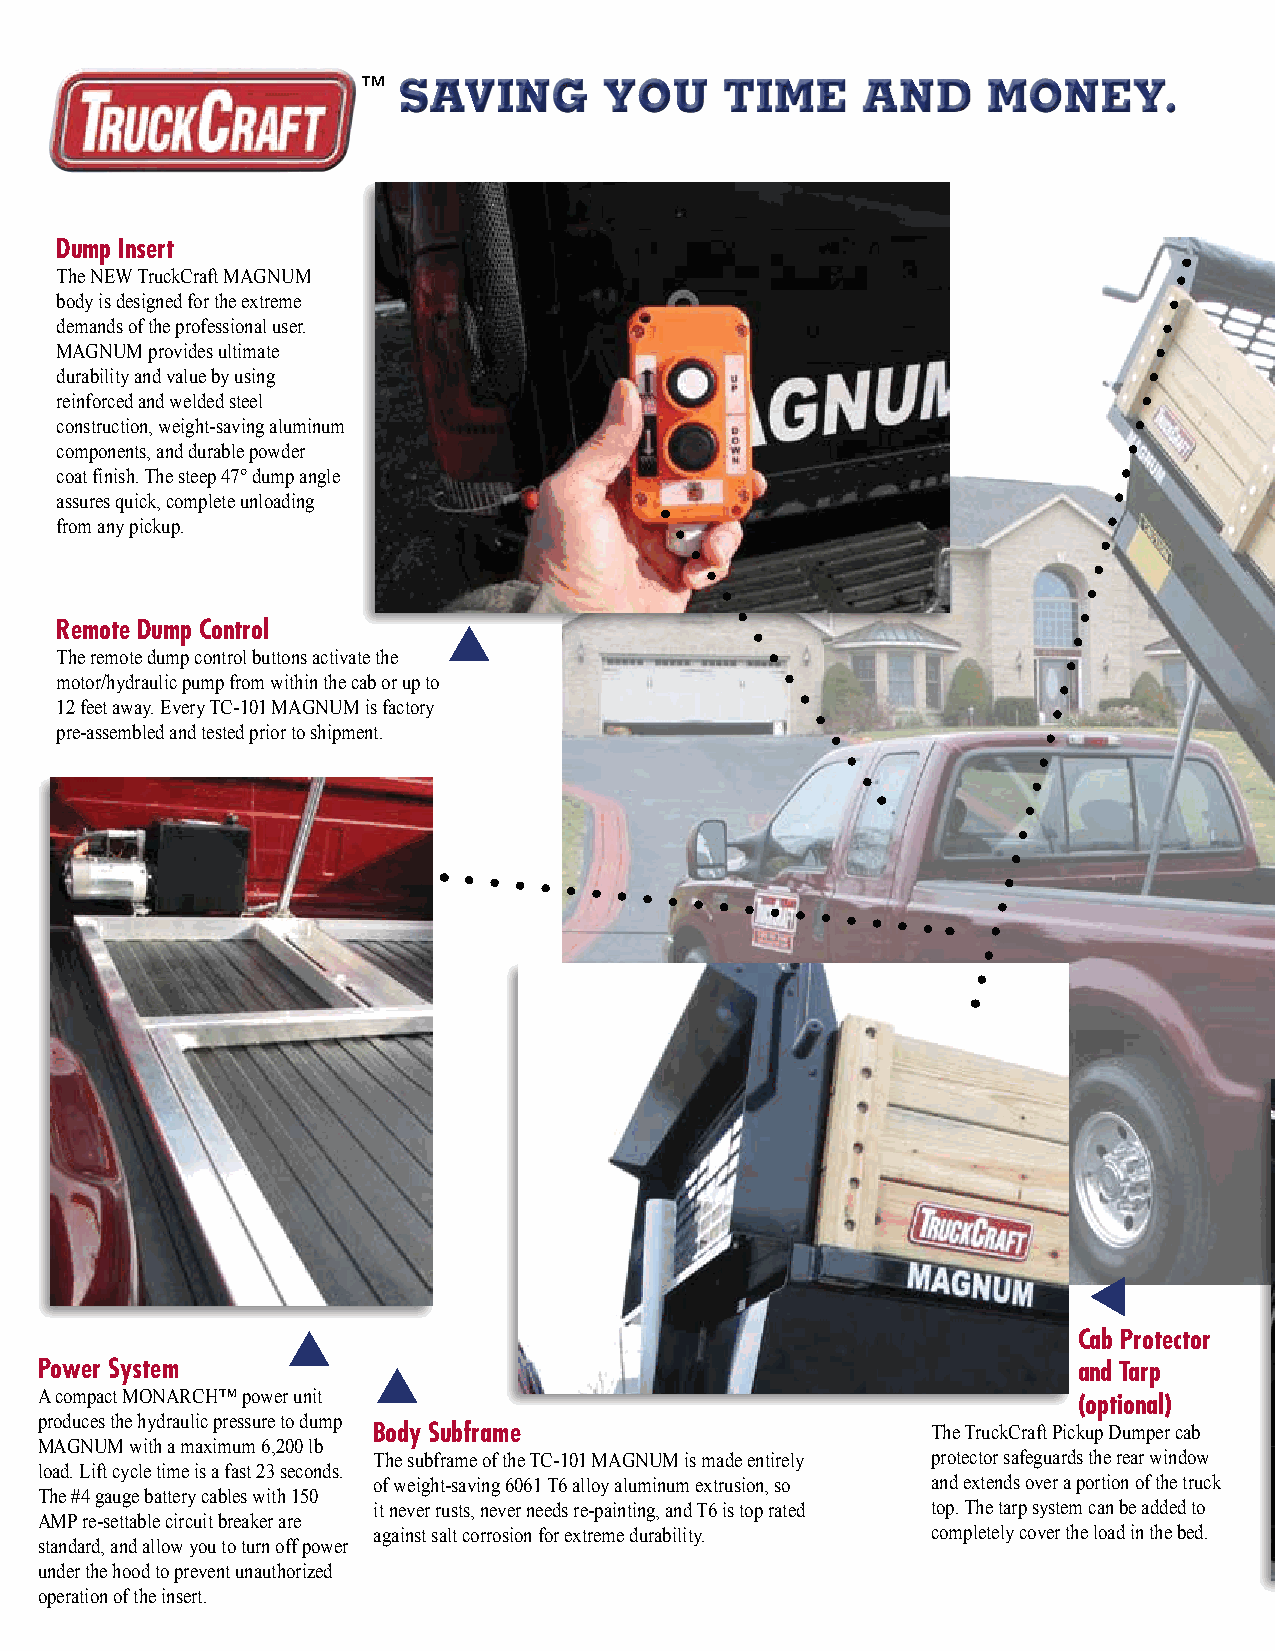
™ SAVING        YOU     TIME     AND     MONEY.                                                           Stake Pockets and Tie-Down Rail
 Ten stake pockets (four per side, two at front) for two-by-fours
 plus an external tie-down rail are standard and make increasing
 the cubic volume of MAGNUM easy. Add our five-quarter
 pressure treated sideboards as an option, or make your own.
 Dump Insert
 The NEW TruckCraft MAGNUM
 body is designed for the extreme
 demands of the professional user.
 MAGNUM provides ultimate
 durability and value by using
 reinforced and welded steel
 construction, weight-saving aluminum
 components, and durable powder
 coat finish. The steep 47° dump angle
 assures quick, complete unloading
 from any pickup.
 Remote Dump Control       s
 The remote dump control buttons activate the
 s
 motor/hydraulic pump from within the cab or up to                                                                                Tailgate and Hardware
 12 feet away. Every TC-101 MAGNUM is factory                                                                                     MAGNUM’s full height twelve gauge tailgate hinges top
 pre-assembled and tested prior to shipment.                                                                                      and bottom on ¾” bushed pins, and opens flat for full
 access. Control chains allow smooth, variable spreading
 and include sleeves to protect the powder coat finish. All
 hardware is cadmium plated and is attached with lanyards to
 prevent loss.
 Low Maintenance Bed Operation
 The NEW MAGNUM is designed to operate year in and year
 out with virtually no maintenance. There are no grease fittings
 because the ¾” diameter stainless steel dump hinge pins and
 telescopic cylinder pivots all rotate smoothly and safely on
 lubed-for-life bushings. So checking the hydraulic fluid level
 twice a year, an occasional washing, and daily inspection for
 debris or damage are just about all MAGNUM needs to be
 well-groomed and work-ready.
 s
 Hoist System
 s                                                   Cab Protector
 MAGNUM’s heavy duty 3-stage
 Power System           s                                             and Tarp                                telescopic cylinder is more
 A compact MONARCH™ power unit                                        (optional)                              efficient than a scissors hoist, and
 produces the hydraulic pressure to dump                                                                      places the floor of the dump insert
 Body Subframe                        The TruckCraft Pickup Dumper cab
 MAGNUM with a maximum 6,200 lb                                                                               low, at less than 5” above your
 The subframe of the TC-101 MAGNUM is made entirely protector safeguards the rear window
 load. Lift cycle time is a fast 23 seconds.                                                                  pickup floor. That means a safer,
 of weight-saving 6061 T6 alloy aluminum extrusion, so and extends over a portion of the truck
 The #4 gauge battery cables with 150                                                                         lower center of gravity, more cubic
 it never rusts, never needs re-painting, and T6 is top rated top. The tarp system can be added to
 AMP re-settable circuit breaker are                                                                          volume, and less height to heft
 against salt corrosion for extreme durability. completely cover the load in the bed.
 standard, and allow you to turn off power                                                                    those hand-loads.
 under the hood to prevent unauthorized
 operation of the insert.
 s
 s
 s